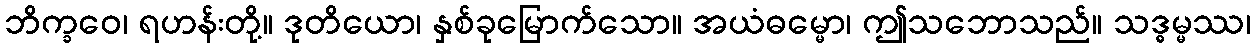
ဘိက္ခဝေ၊ ရဟန်းတို့။ ဒုတိယော၊ နှစ်ခုမြောက်သော။ အယံဓမ္မော၊ ဤသဘောသည်။ သဒ္ဓမ္မဿ၊